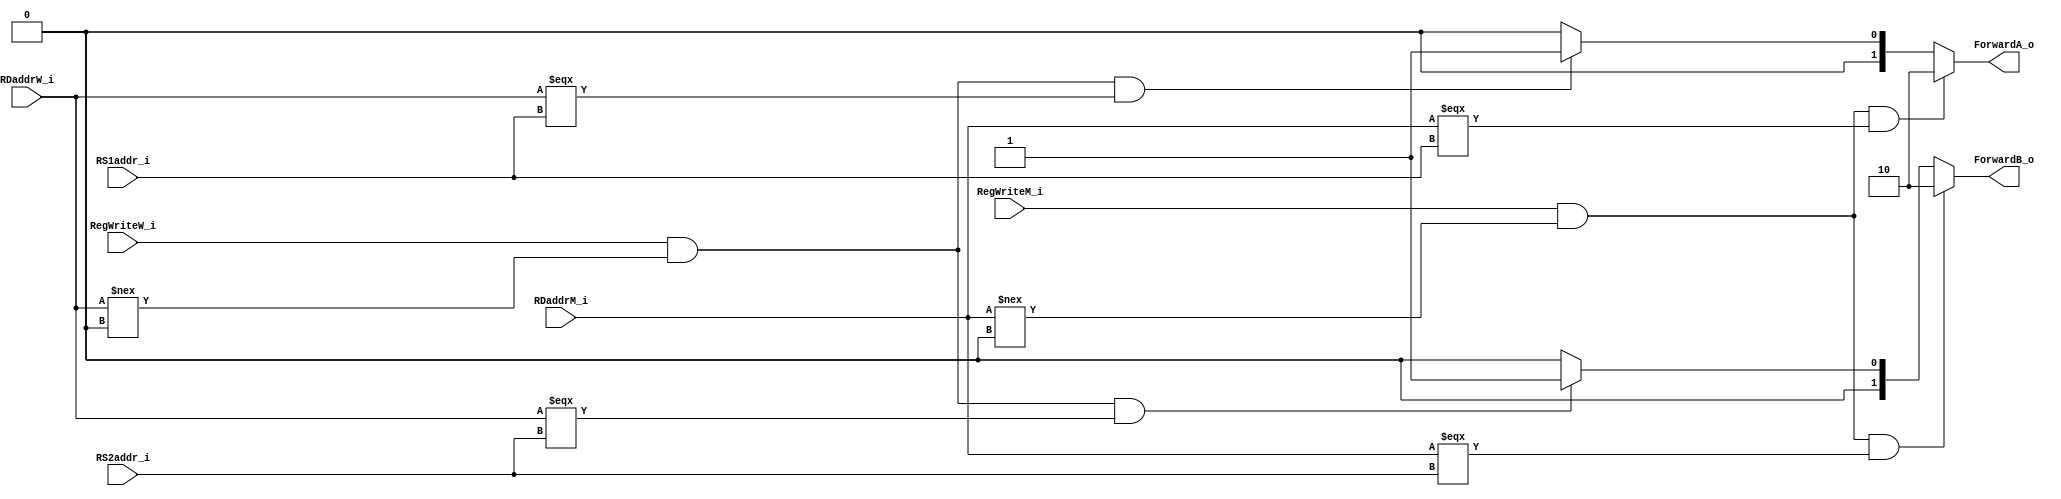
module Forwarding_Unit(
    RS1addr_i,
    RS2addr_i,
    RDaddrM_i,
    RegWriteM_i,
    RDaddrW_i,
    RegWriteW_i,
    ForwardA_o,
    ForwardB_o
);

// Ports
input        RegWriteM_i, RegWriteW_i;
input  [4:0] RDaddrM_i, RDaddrW_i, RS1addr_i, RS2addr_i;
output [1:0] ForwardA_o, ForwardB_o;
/*
if (EX/MEM.RegWrite
and (EX/MEM.RegisterRd != 0)
and (EX/MEM.RegisterRd == ID/EX.RegisterRs1)) ForwardA = 10
*/
wire cA1 = RegWriteM_i & (RDaddrM_i !== 5'b0) & (RDaddrM_i === RS1addr_i);
wire cB1 = RegWriteM_i & (RDaddrM_i !== 5'b0) & (RDaddrM_i === RS2addr_i);

/*
if (MEM/WB.RegWrite
and (MEM/WB.RegisterRd != 0)
and not(EX/MEM.RegWrite and (EX/MEM.RegisterRd != 0)
and (EX/MEM.RegisterRd == ID/EX.RegisterRs1))
and (MEM/WB.RegisterRd == ID/EX.RegisterRs1)) ForwardA = 01
*/
wire cA2 = RegWriteW_i & (RDaddrW_i !== 5'b0) & (RDaddrW_i === RS1addr_i);
wire cB2 = RegWriteW_i & (RDaddrW_i !== 5'b0) & (RDaddrW_i === RS2addr_i);

wire [1:0] tmpA = cA2 ? 2'b01 : 2'b00;
assign ForwardA_o = cA1 ? 2'b10 : tmpA;
wire [1:0] tmpB = cB2 ? 2'b01 : 2'b00;
assign ForwardB_o = cB1 ? 2'b10 : tmpB;
endmodule